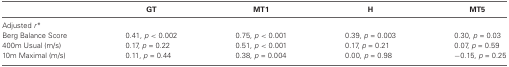
|  | GT | MT1 | H | MT5 |
 | --- | --- | --- | --- | --- |
 | Adjusted r* |  |  |  |  |
 | Berg Balance Score | 0.41, p < 0.002 | 0.75, p < 0.001 | 0.39, p = 0.003 | 0.30, p = 0.03 |
 | 400m Usual (m/s) | 0.17, p = 0.22 | 0.51, p < 0.001 | 0.17, p = 0.21 | 0.07, p = 0.59 |
 | 10m Maximal (m/s) | 0.11, p = 0.44 | 0.38, p = 0.004 | 0.00, p = 0.98 | −0.15, p = 0.25 |